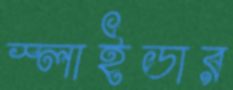
স্লাইডার